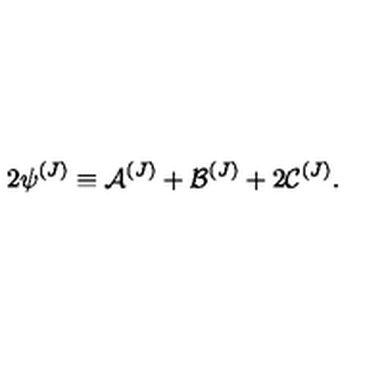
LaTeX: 2 { \psi } ^ { ( J ) } \equiv { \cal { A } } ^ { ( J ) } + { \cal { B } } ^ { ( J ) } + 2 { \cal { C } } ^ { ( J ) } .